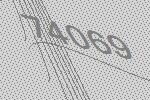
74069